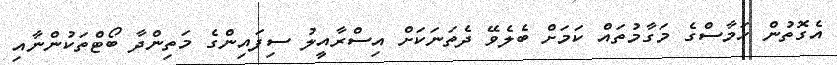
އެގޮތުން ހަމާސްގެ މަގާމުތައް ކަމަށް ބެލެވޭ ދެތަނަކަށް އިސްރާއީލު ސިފައިންގެ މަތިންދާ ބޯޓްތަކުންނާއި